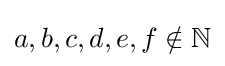
a,b,c,d,e,f\notin \mathbb {N}